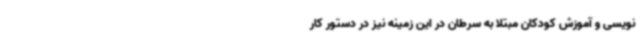
‌نویسی و آموزش کودکان مبتلا به سرطان در این زمینه نیز در دستور کار